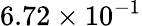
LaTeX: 6.72\times 10^{-1}